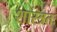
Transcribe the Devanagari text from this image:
शास्त्रतः